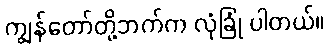
ကျွန်တော်တို့ဘက်က လုံခြုံ ပါတယ်။